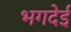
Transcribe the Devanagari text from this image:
भगदेई